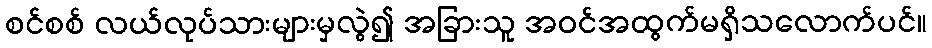
စင်စစ် လယ်လုပ်သားများမှလွဲ၍ အခြားသူ အဝင်အထွက်မရှိသလောက်ပင်။